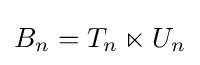
B_{n}=T_{n}\ltimes U_{n}